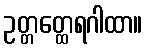
ဥတ္တတ္ထေရဂါထာ။